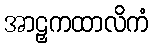
အာဠှကထာလိကံ